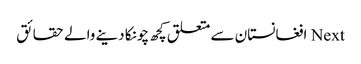
Next افغانستان سے متعلق کچھ چونکا دینے والے حقائق